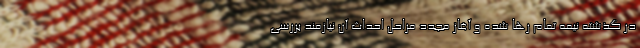
در گذشته نیمه تمام رها شده و آغاز مجدد مراحل احداث آن نیازمند بررسی